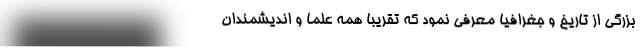
بزرگی از تاریخ و جغرافیا معرفی نمود که تقریبا همه علما و اندیشمندان